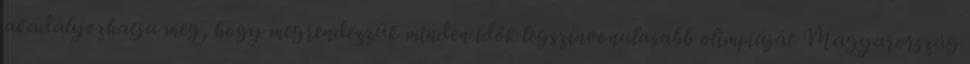
akadályozhatja meg, hogy megrendezzük minden idők legszínvonalasabb olimpiáját Magyarország